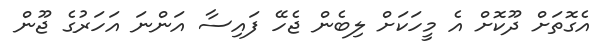
އެގޮތަށް ދޫކޮށް އެ މީހަކަށް ލިބެން ޖެހޭ ފައިސާ އަންނަ އަހަރުގެ ޖޫން